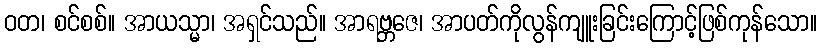
ဝတ၊ စင်စစ်။ အာယသ္မာ၊ အရှင်သည်။ အာရဗ္ဘဇေ၊ အာပတ်ကိုလွန်ကျူးခြင်းကြောင့်ဖြစ်ကုန်သော။